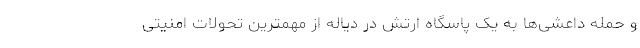
و حمله داعشی‌ها به یک پاسگاه ارتش در دیاله از مهمترین تحولات امنیتی